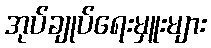
အုပ်ချုပ်ရေးမှူးများ